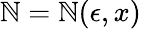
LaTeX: \mathbb{N}=\mathbb{N}(\epsilon,x)